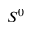
S ^ { 0 }